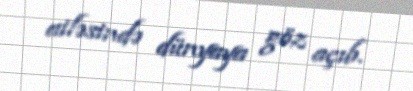
ailəsində dünyaya göz açıb.